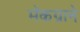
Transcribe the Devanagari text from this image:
मॅकग्राने